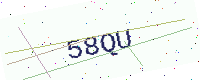
Text: 58QU